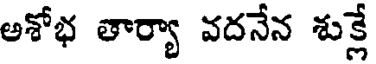
అశోభ తార్యా వదనేన శుక్లే